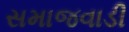
સમાજવાડી